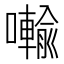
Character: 𭌋